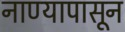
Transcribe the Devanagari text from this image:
नाण्यापासून